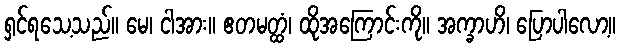
ရှင်ရသေ့သည်။ မေ၊ ငါအား။ ဧတမတ္ထံ၊ ထိုအကြောင်းကို။ အက္ခာဟိ၊ ပြောပါလော့။